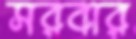
সরবার